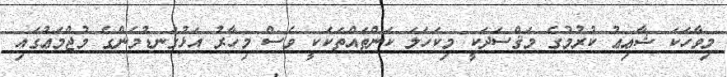
މިވާހަކަ ޝާޢިޢު ކުރުމުގެ މަޤްސަދަކީ މިކަހަލަ ކަންތައްތަކަކީ ވެސް މިހާރު އަޅުގަނޑުމެންގެ މުޖްމަޢުގައި